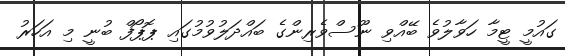
ގައުމީ ޓީމާ ހަވާލުވެ ބޭއްވި ނޫސްވެރިންގެ ބައްދަލުވުމުގައި ޕޮޕޯފް ބުނީ މި އަހަރު